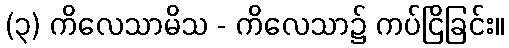
(၃) ကိလေသာမိသ - ကိလေသာ၌ ကပ်ငြိခြင်း။